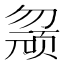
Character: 𱑀